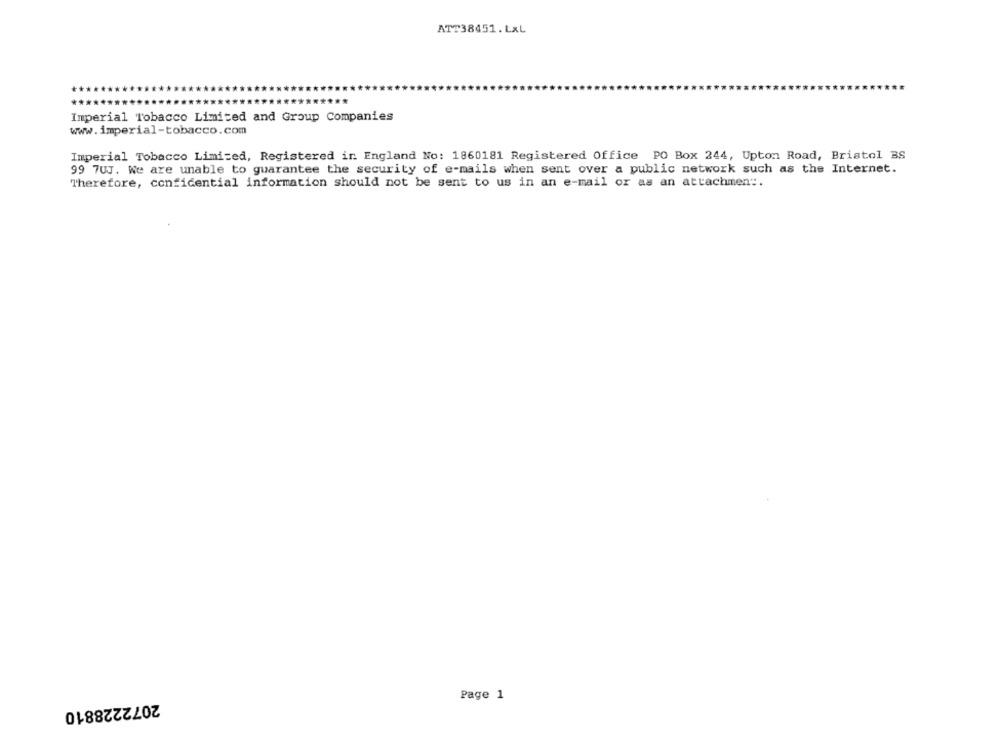
ATT38451.LXL
Imperial Tobacco Limited and Group Companies
www.imperial-tobacco.com
Imperial Tobacco Limited, Registered in England No: 1860181 Registered Office PO Box 244, Upton Road, Bristol BS
99 7UJ. We are unable to guarantee the security of e-mails when sent over a public network such as the Internet.
Therefore, confidential information should not be sent to us in an e-mail or as an attachment.
Page 1
2072228810